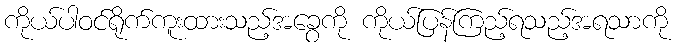
ကိုယ်ပါဝင်ရိုက်ကူးထားသည့်အခွေကို ကိုယ်ပြန်ကြည့်ရသည့်အရသာကို